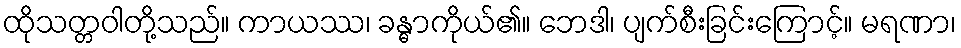
ထိုသတ္တဝါတို့သည်။ ကာယဿ၊ ခန္ဓာကိုယ်၏။ ဘေဒါ၊ ပျက်စီးခြင်းကြောင့်။ မရဏာ၊